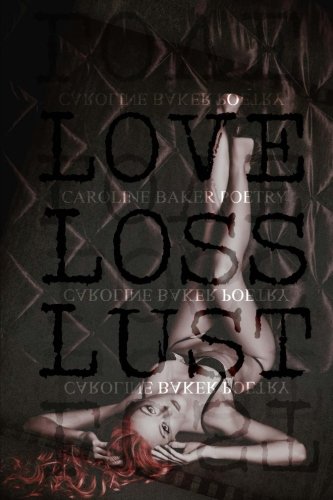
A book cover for Love, Loss, Lust; Caroline Baker; Literature & Fiction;